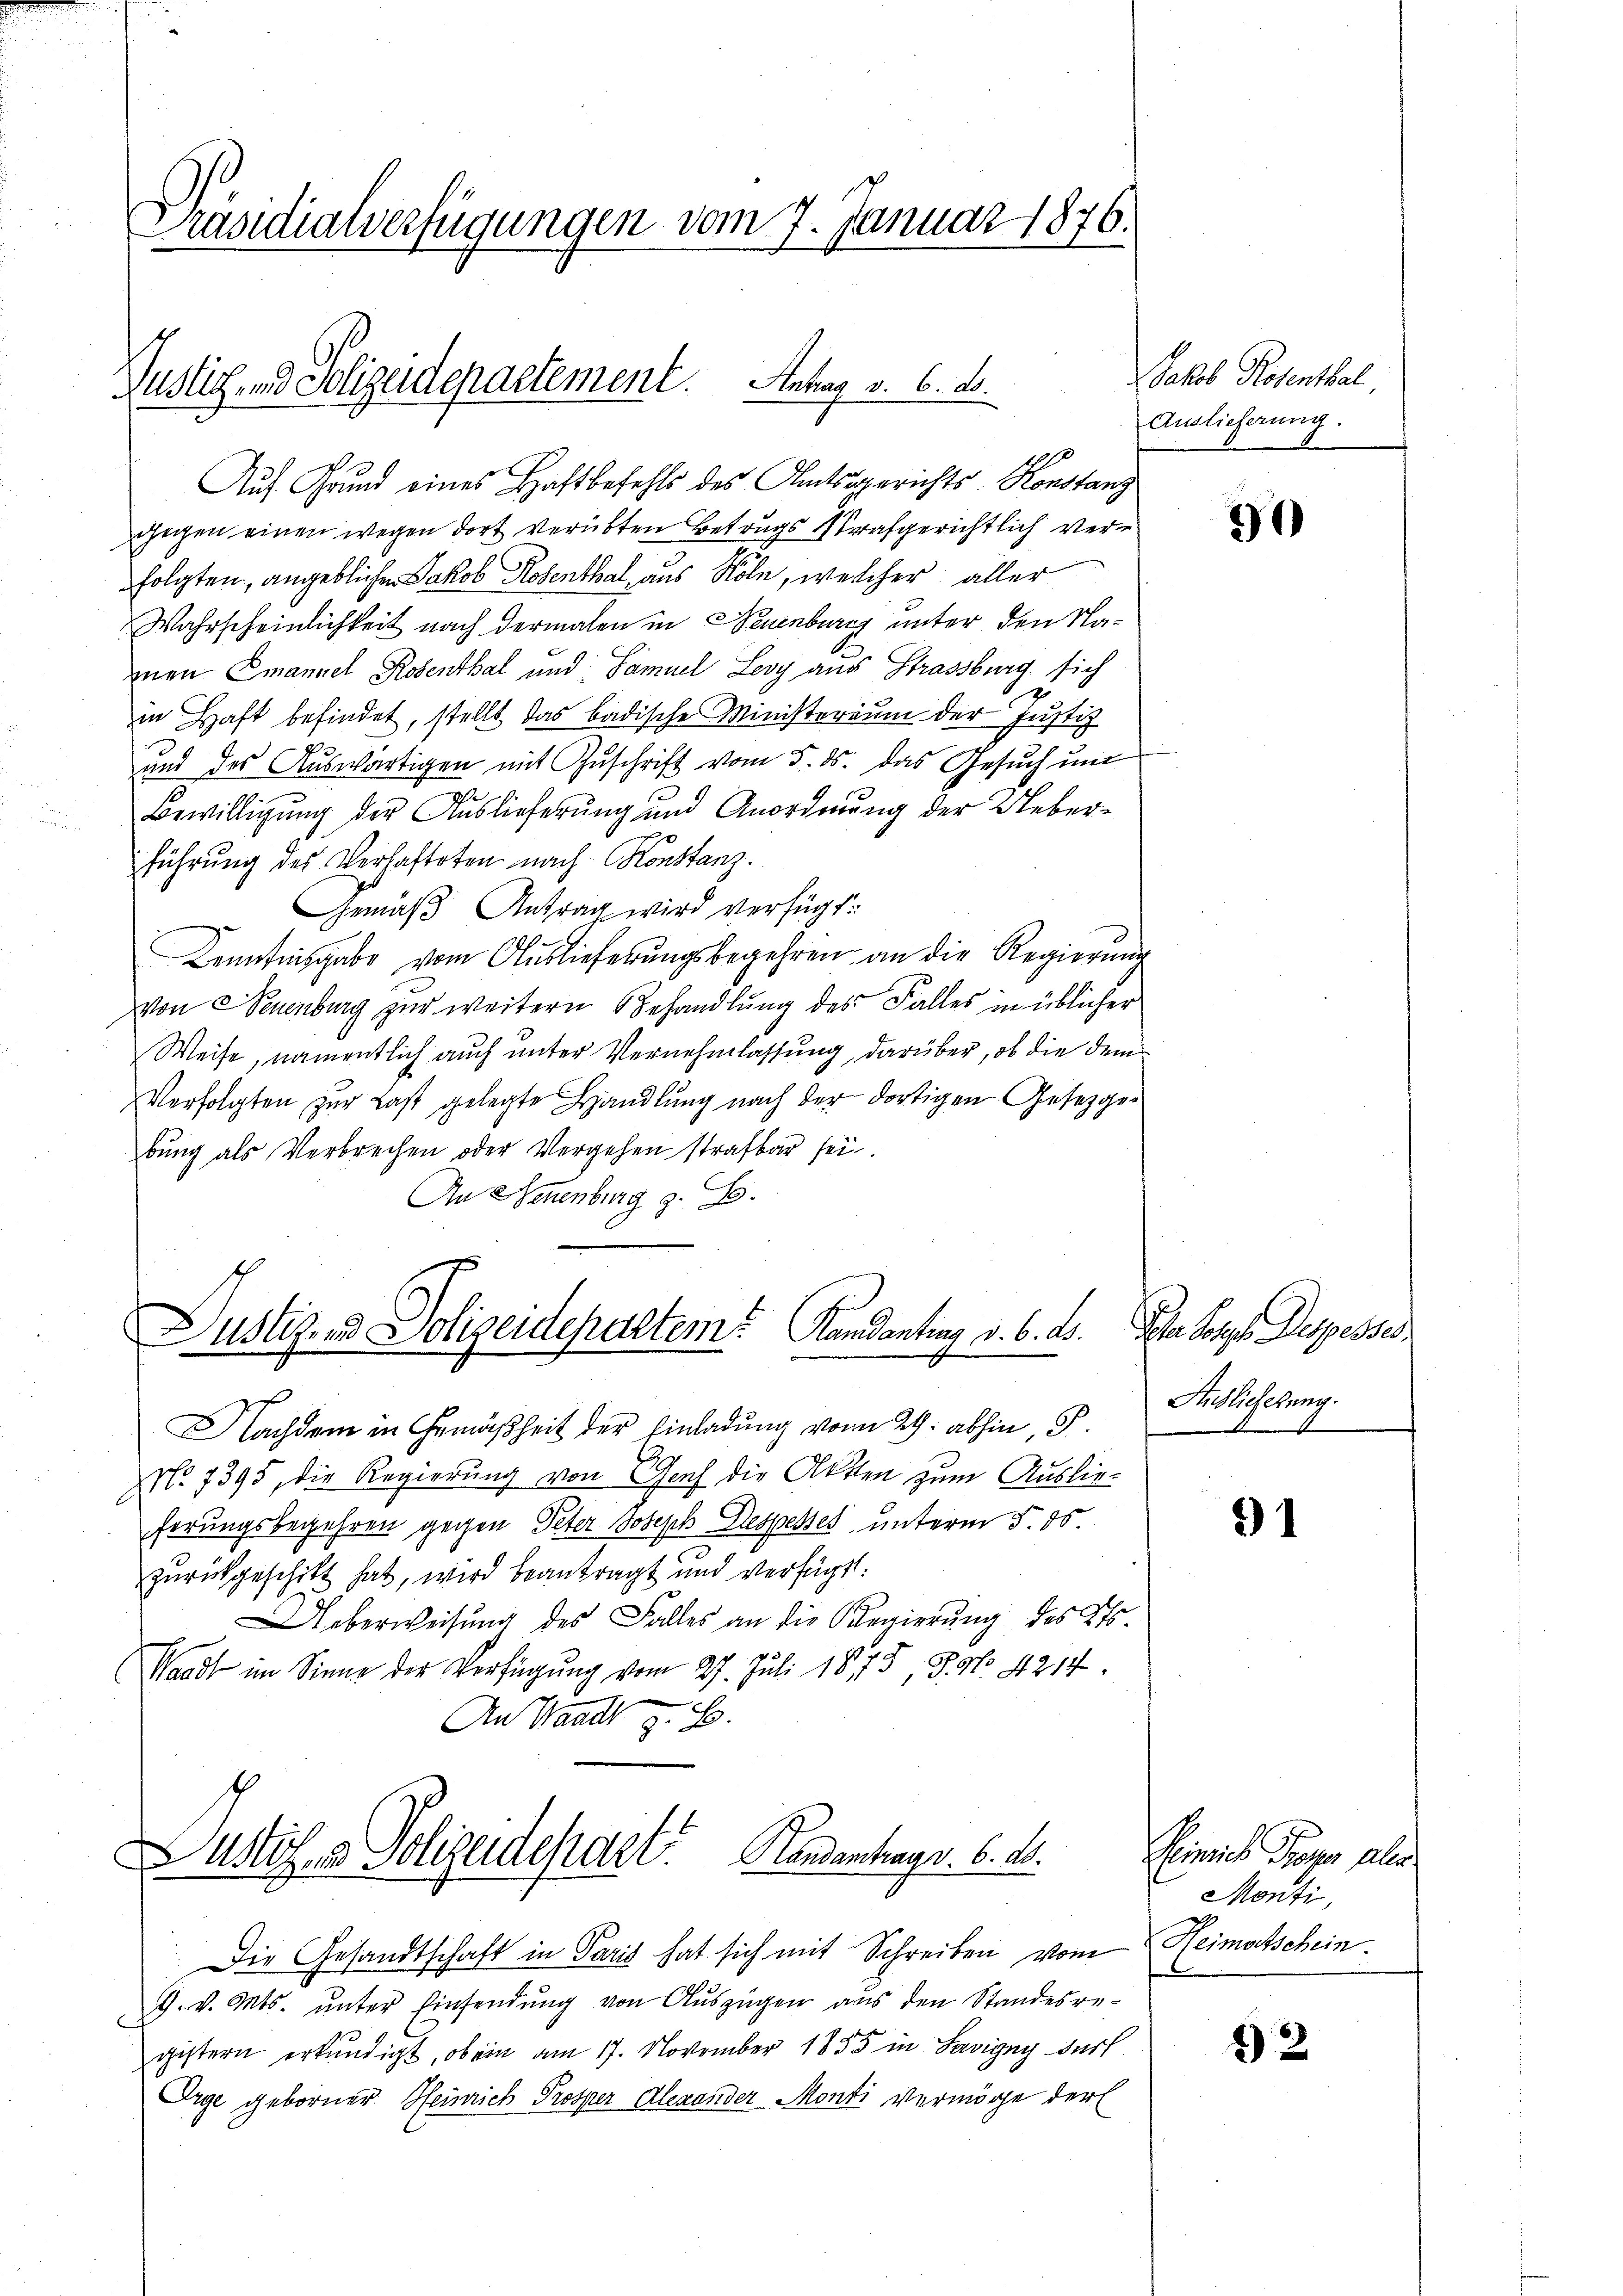
Präsidialverfügungen vom 7. Januar 1876.

Justiz- und Polizeidepartement. Antrag v. 6. d.

Dutzend Polizendepartem Randantrag v. 6. ds.

Asti, u. Polizeidepart Handenhags. 6. d.

Auf Grund eines Haftbefehls des Amtsgerichts- Konstanz
gegen einen wegen dort verübten Betrugs Strafgerichtlich verfolgten, angeblichen Jakob Rosenthal, aus Köln, welcher aller
Wahrscheinlichkeit nach dermalen in Neuenburg unter den Namen Emanuel Rosenthal und Samuel Leoy aus Strassburg, sich
7
in Haft befindet, stellt das badische Ministerium der Justiz
2
und des Aŭswärtigen mit Zŭschrift vom 5. ds. das Gesŭch ŭm
.
Bewilligung der Auslieferung und Anordnung der Ueberführung des Verlasteten nach Konstanz.
Gemäß Antrag wird verfügt:
Kenntnisgabe vom Aŭslieferŭngsbegehren an die Regierŭng
Von Neuenburg zur weitern Behandlung des Falles in üblicher
Weise, namentlich auch unter Vernehmlassung, darüber, ob die dem
Verfolgten zur Last gelegte Handlung nach der dortigen Gesetzger
bung als Verbrechen oder Vergehen strafbar sei.
An Neuenburg z. B.

Nachdem in Gemäßheit der Einladung vom 29. abhin, P
No. 7395, die Regierung von Genf die Akten zum Auslieferungsbegehren gegen Peter Joseph Despenses unterm 5. ds.
zurückgeschikt hat, wird beantragt und verfügt:
Ueberweisung des Falles an die Regierung des Er
(Waadt im Sinne der Verfügung vom 27. Juli 1875, 3. No 4214
e
An Waadt z. B.

Die Gesandtschaft in Paris hat sich mit Schreiben vom
19. v. Mts. unter Einsendung von Auszügen aus den Standesregistern erkundigt, ob ein am 17. November 1855 in Savigny darf
Orge geborner Heinrich Prosper Alexander Monti vermöge der

Jakob Rosenthal,
Auslieferung.

30

Ihr Sorge Depesses.
Auslicherung.
S

91

Heinrich Frage als
Monti,
Heimatschein.

12